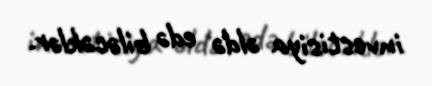
investisiya əldə edə biləcəklər.